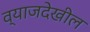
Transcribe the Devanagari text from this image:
व्याजदेखील